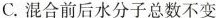
C.混合前后水分子总数不变